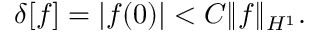
\delta [ f ] = | f ( 0 ) | < C \| f \| _ { H ^ { 1 } } .